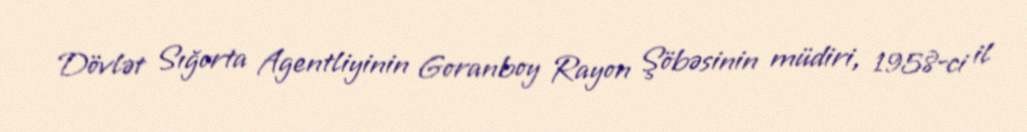
Dövlət Sığorta Agentliyinin Goranboy Rayon Şöbəsinin müdiri, 1958-ci il